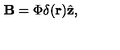
{ \bf B } = \Phi \delta ( { \bf r } ) { \hat { { \bf z } } , }